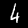
Label: 4